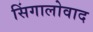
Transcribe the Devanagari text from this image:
सिंगालोवाद